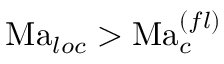
\mathrm { M a } _ { l o c } > \mathrm { M a } _ { c } ^ { ( f l ) }